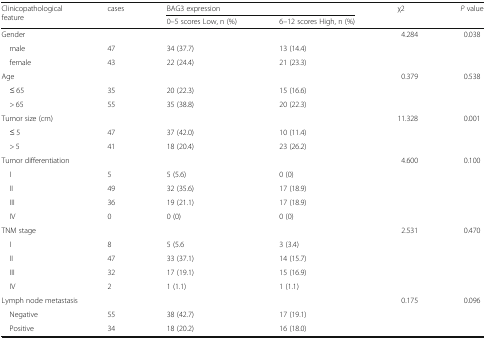
| <ROWSPAN=2> Clinicopathological feature | <ROWSPAN=2> cases | <COLSPAN=2> BAG3 expression | <ROWSPAN=2> χ2 | <ROWSPAN=2> P value |
 | 0–5 scores Low, n (%) | 6–12 scores High, n (%) |
 | --- | --- | --- | --- | --- | --- |
 | <COLSPAN=4> Gender | <ROWSPAN=3> 4.284 | <ROWSPAN=3> 0.038 |
 | male | 47 | 34 (37.7) | 13 (14.4) |
 | female | 43 | 22 (24.4) | 21 (23.3) |
 | <COLSPAN=4> Age | <ROWSPAN=3> 0.379 | <ROWSPAN=3> 0.538 |
 | ≤ 65 | 35 | 20 (22.3) | 15 (16.6) |
 | > 65 | 55 | 35 (38.8) | 20 (22.3) |
 | <COLSPAN=4> Tumor size (cm) | <ROWSPAN=3> 11.328 | <ROWSPAN=3> 0.001 |
 | ≤ 5 | 47 | 37 (42.0) | 10 (11.4) |
 | > 5 | 41 | 18 (20.4) | 23 (26.2) |
 | <COLSPAN=4> Tumor differentiation | <ROWSPAN=5> 4.600 | <ROWSPAN=5> 0.100 |
 | I | 5 | 5 (5.6) | 0 (0) |
 | II | 49 | 32 (35.6) | 17 (18.9) |
 | III | 36 | 19 (21.1) | 17 (18.9) |
 | IV | 0 | 0 (0) | 0 (0) |
 | <COLSPAN=4> TNM stage | <ROWSPAN=5> 2.531 | <ROWSPAN=5> 0.470 |
 | I | 8 | 5 (5.6 | 3 (3.4) |
 | II | 47 | 33 (37.1) | 14 (15.7) |
 | III | 32 | 17 (19.1) | 15 (16.9) |
 | IV | 2 | 1 (1.1) | 1 (1.1) |
 | <COLSPAN=4> Lymph node metastasis | <ROWSPAN=3> 0.175 | <ROWSPAN=3> 0.096 |
 | Negative | 55 | 38 (42.7) | 17 (19.1) |
 | Positive | 34 | 18 (20.2) | 16 (18.0) |